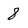
Character: 8